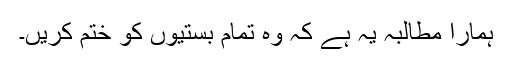
ہمارا مطالبہ یہ ہے کہ وہ تمام بستیوں کو ختم کریں۔